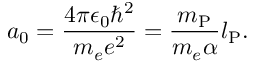
a _ { 0 } = { \frac { 4 \pi \epsilon _ { 0 } \hbar ^ { 2 } } { m _ { e } e ^ { 2 } } } = { \frac { m _ { \mathrm { P } } } { m _ { e } \alpha } } l _ { \mathrm { P } } .